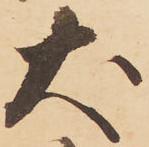
犬